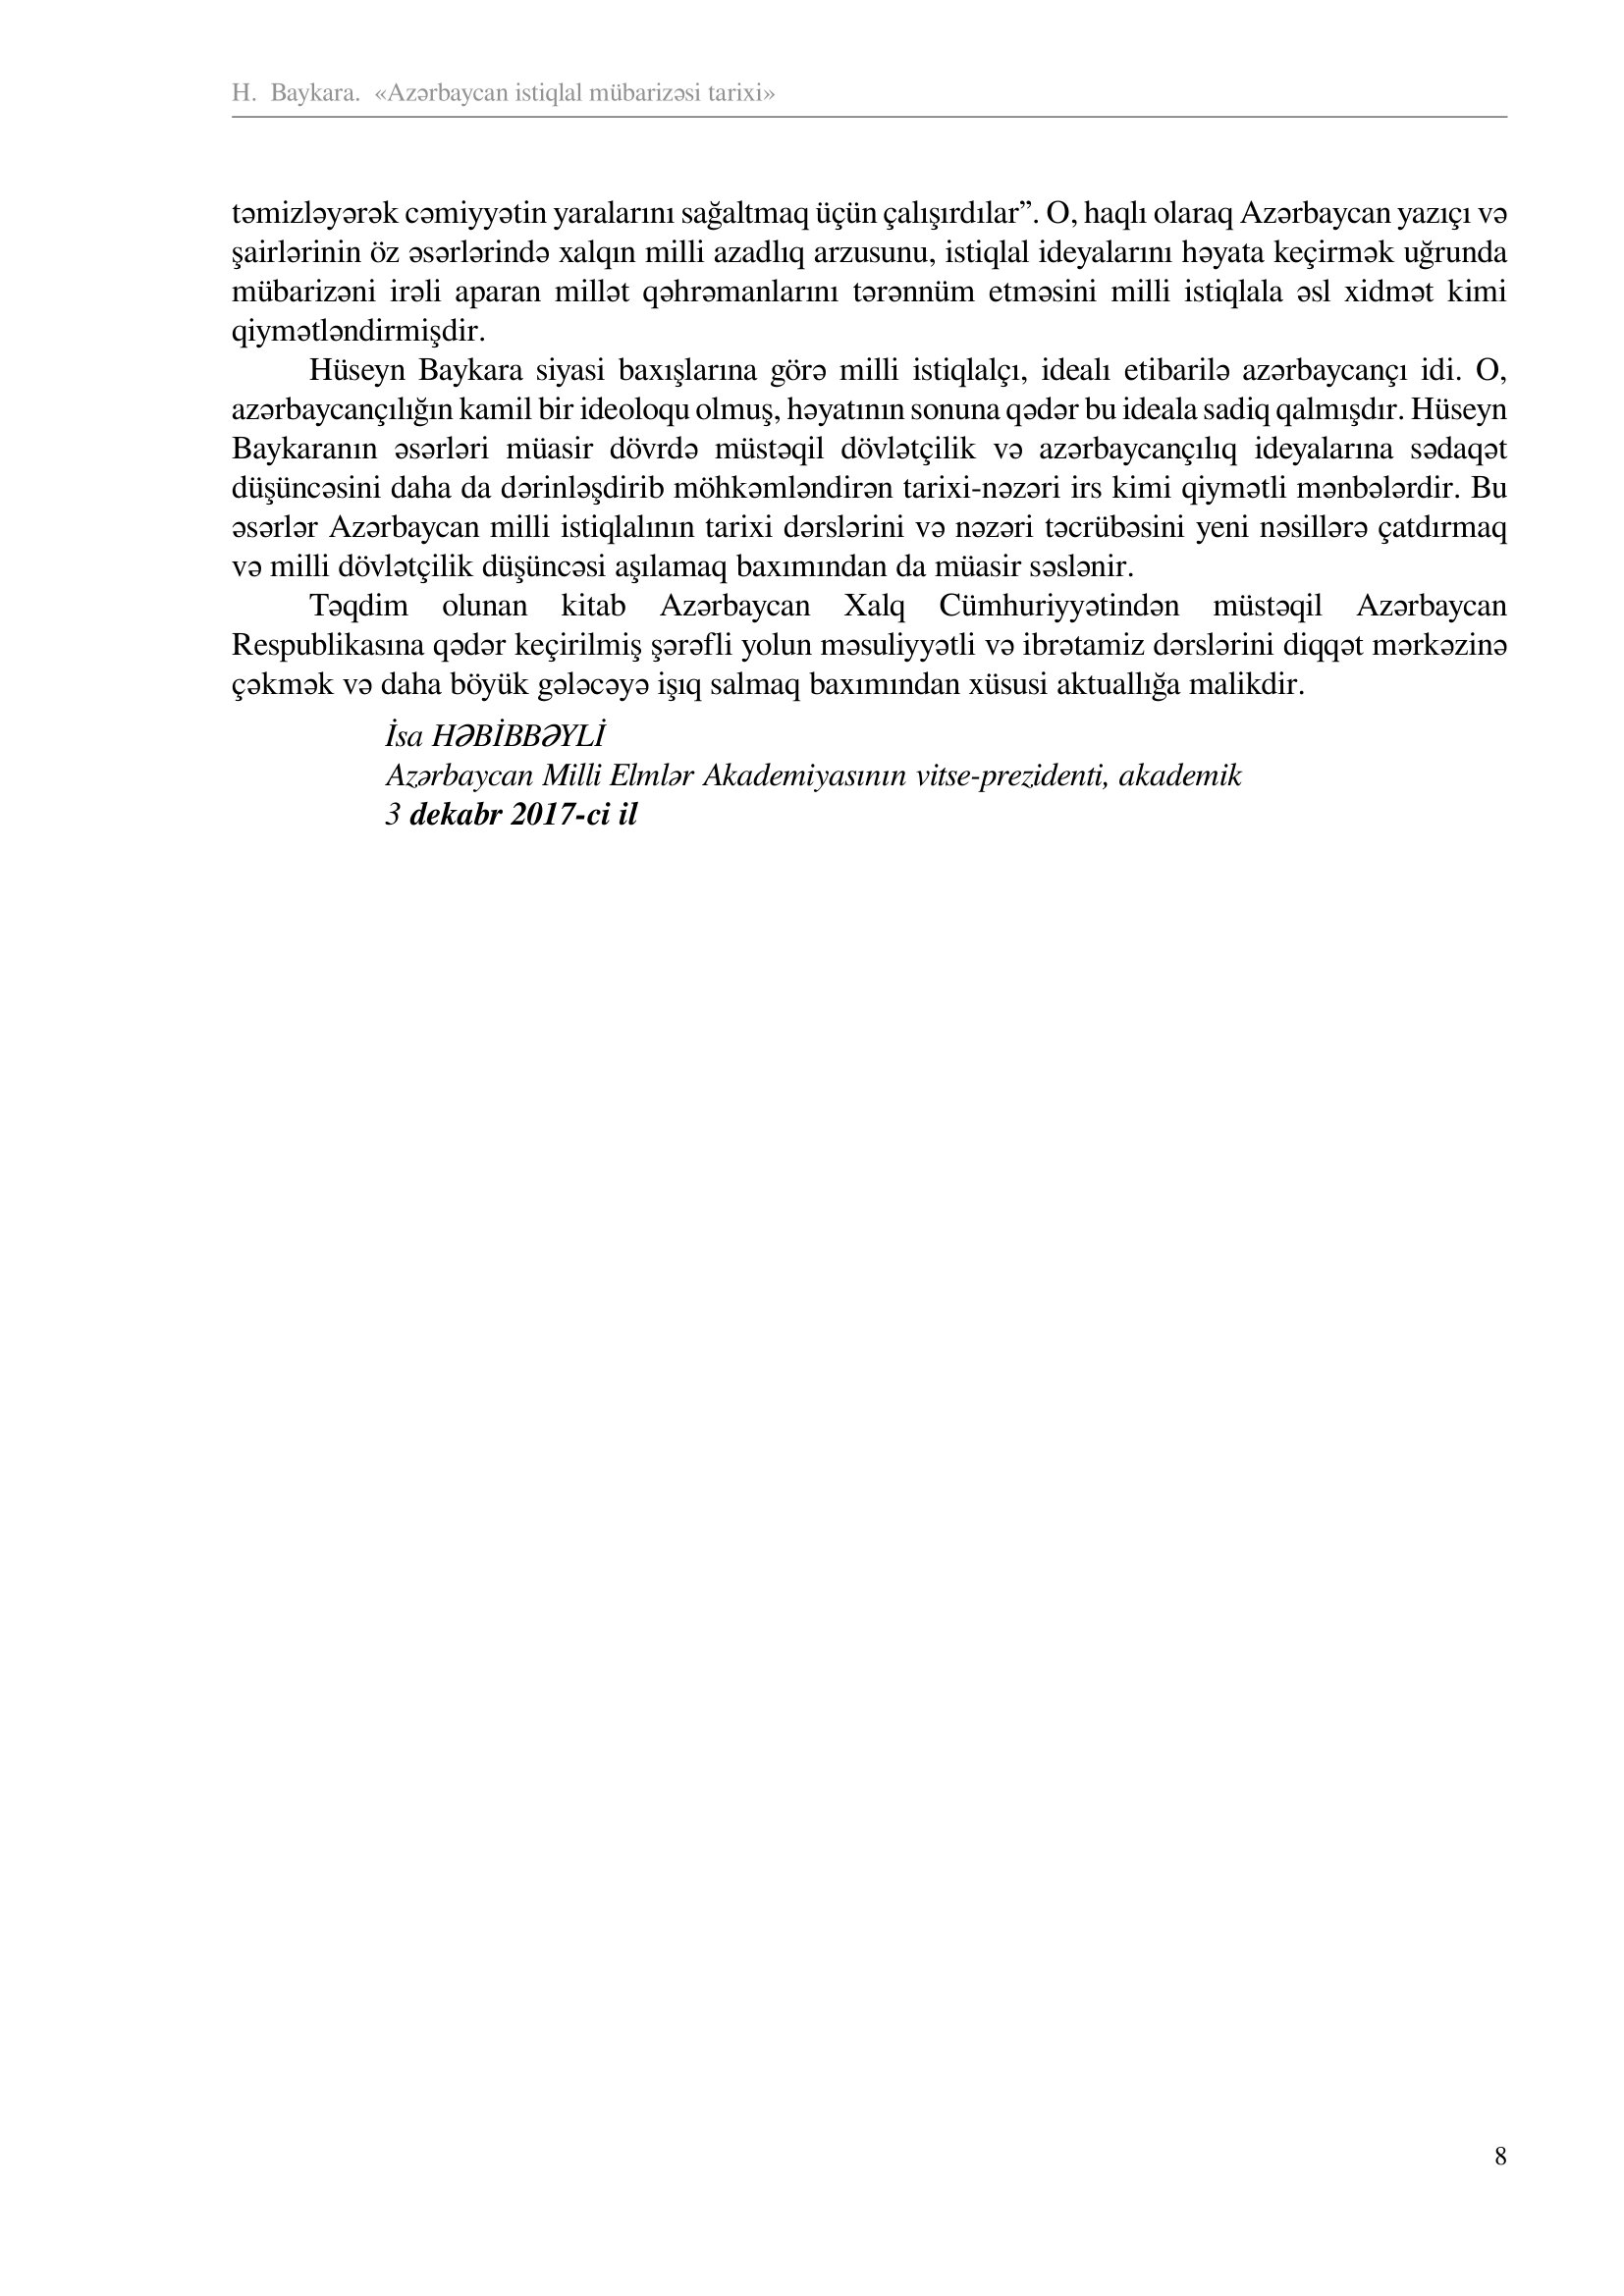
Language: az